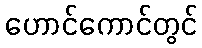
ဟောင်ကောင်တွင်